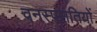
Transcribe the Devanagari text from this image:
वनस्पसतियों